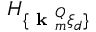
H _ { \{ \textbf { k } _ { m } ^ { Q } \xi _ { d } \} }